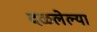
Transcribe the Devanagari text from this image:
दळलेल्या